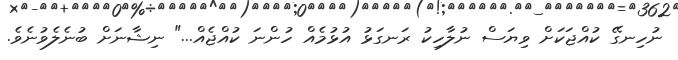
ނުހިނގޭ ކުއްޖަކަށް ވިޔަސް ނުލާހިކު ރަނގަޅު އުޅުމެއް ހުންނަ ކުއްޖެއް..." ނިޝާނަށް ބުނެލެވުނެވެ.